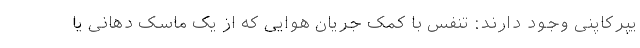
یپرکاپنی وجود دارند: تنفس با کمک جریان هوایی که از یک ماسک دهانی یا